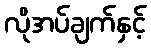
လိုအပ်ချက်နှင့်